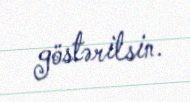
göstərilsin.